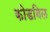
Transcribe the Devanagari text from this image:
कोडबिल